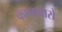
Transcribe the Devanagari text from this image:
कानावारो